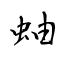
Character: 蚰